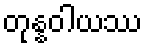
တုန္နဝါယဿ